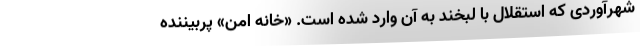
شهرآوردی که استقلال با لبخند به آن وارد شده است. «خانه امن» پربیننده